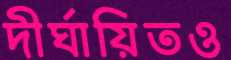
দীর্ঘায়িতও